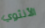
الأنثوي